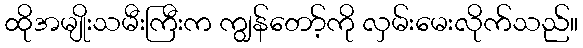
ထိုအမျိုးသမီးကြီးက ကျွန်တော့်ကို လှမ်းမေးလိုက်သည်။